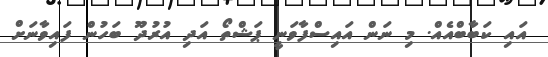
އައި ކަބާބްއެއް. މި ނަން އައިސްފާވަނީ ޕަޝްތޯ އަދި އުރުދޫ ބަހުން ފައިވާނަށް